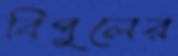
বিপুলের